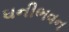
ઘનીભવન